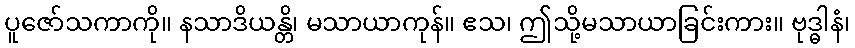
ပူဇော်သကာကို။ နသာဒိယန္တိ၊ မသာယာကုန်။ ဧသ၊ ဤသို့မသာယာခြင်းကား။ ဗုဒ္ဓါနံ၊